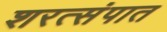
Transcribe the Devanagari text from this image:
शरत्संपात